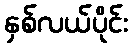
နှစ်လယ်ပိုင်း